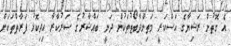
އެ ގޮތުން ރަޝިޔާގެ އަސްކަރީ މަތިންދާބޯޓުތަކުން ދަނީ ބައްޝާރުގެ ސަރުކާރާ އިދިކޮޅު ފަރާތްތަކަށް